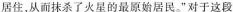
居住，从而抹杀了火星的最原始居民。”对于这段